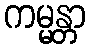
ကမ္မန္တာ